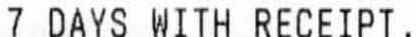
7 DAY WITH RECEIPT,